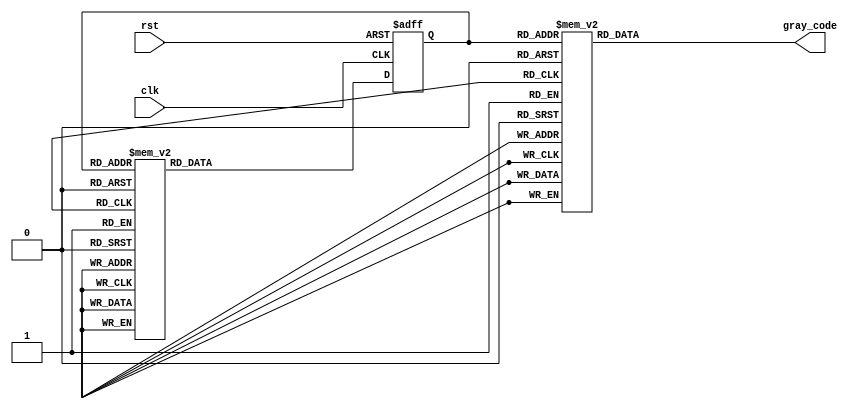
module johnson_gray_counter(
    input clk,
    input rst,
    output reg [3:0] gray_code
);

reg [2:0] internal_state;

always @(posedge clk or posedge rst) begin
    if (rst) begin
        internal_state <= 3'b000;
    end else begin
        case (internal_state)
            3'b000: internal_state <= 3'b001;
            3'b001: internal_state <= 3'b011;
            3'b011: internal_state <= 3'b010;
            3'b010: internal_state <= 3'b110;
            3'b110: internal_state <= 3'b100;
            3'b100: internal_state <= 3'b101;
            3'b101: internal_state <= 3'b111;
            3'b111: internal_state <= 3'b000;
        endcase
    end
end

always @* begin
    case (internal_state)
        3'b000: gray_code = 4'b0000;
        3'b001: gray_code = 4'b0001;
        3'b011: gray_code = 4'b0011;
        3'b010: gray_code = 4'b0010;
        3'b110: gray_code = 4'b0110;
        3'b100: gray_code = 4'b0100;
        3'b101: gray_code = 4'b0101;
        3'b111: gray_code = 4'b0111;
    endcase
end

endmodule